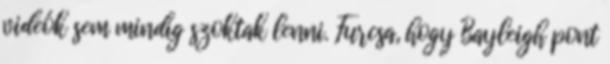
videók sem mindig szoktak lenni. Furcsa, hogy Bayleigh pont